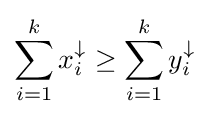
\sum _{i=1}^{k}x_{i}^{\downarrow }\geq \sum _{i=1}^{k}y_{i}^{\downarrow }